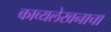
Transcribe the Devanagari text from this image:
काव्यलेखनाचा